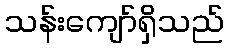
သန်းကျော်ရှိသည်